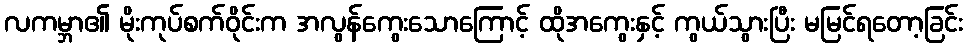
လကမ္ဘာ၏ မိုးကုပ်စက်ဝိုင်းက အလွန်ကွေးသောကြောင့် ထိုအကွေးနှင့် ကွယ်သွားပြီး မမြင်ရတော့ခြင်း